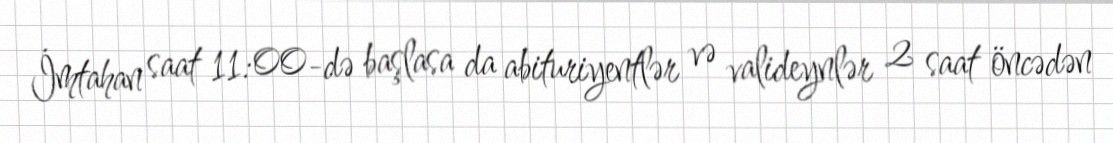
İmtahan saat 11:00-də başlasa da abituriyentlər və valideynlər 2 saat öncədən